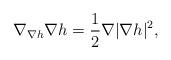
LaTeX: \begin{align*}\nabla_{\nabla h} \nabla h = \frac{1}{2} \nabla | \nabla h |^2,\end{align*}